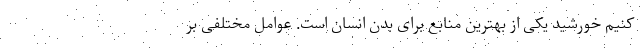
کنیم خورشید یکی از بهترین منابع برای بدن انسان است. عوامل مختلفی بر